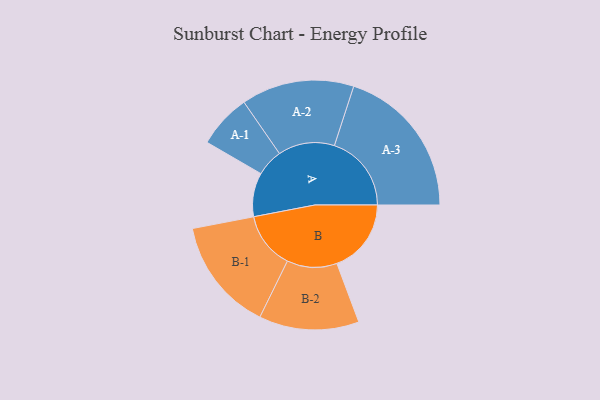
{"axis": {"x": "Segment", "y": "Value"}, "legend": ["", "A", "B"], "data": [{"x": "A", "y": 164, "type": ""}, {"x": "B", "y": 278, "type": ""}, {"x": "A-1", "y": 101, "type": "A"}, {"x": "A-2", "y": 211, "type": "A"}, {"x": "A-3", "y": 288, "type": "A"}, {"x": "B-1", "y": 212, "type": "B"}, {"x": "B-2", "y": 187, "type": "B"}]}